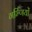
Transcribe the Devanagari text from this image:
गर्भ्णियों